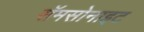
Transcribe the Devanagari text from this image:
सॅमसोनाइट